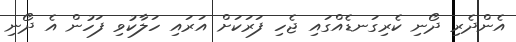
އެންދެރި ދޯނި ކެރިގަނޑެއްގައި ޖެހި ފަރަކަށް އަރައި ހަލާކުވި ފަހުން އެ ދޯނި